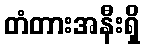
တံတားအနီးရှိ